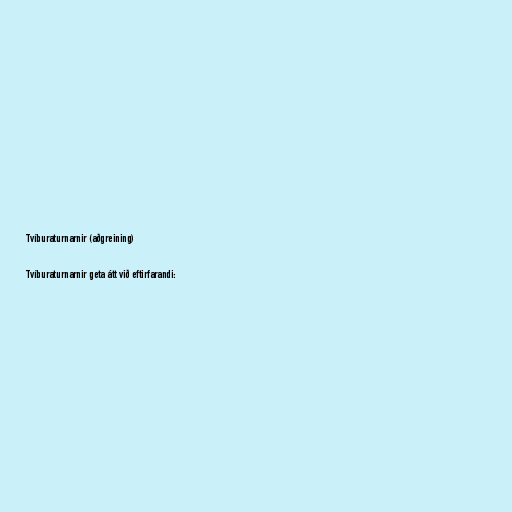
Tvíburaturnarnir (aðgreining)

Tvíburaturnarnir geta átt við eftirfarandi: